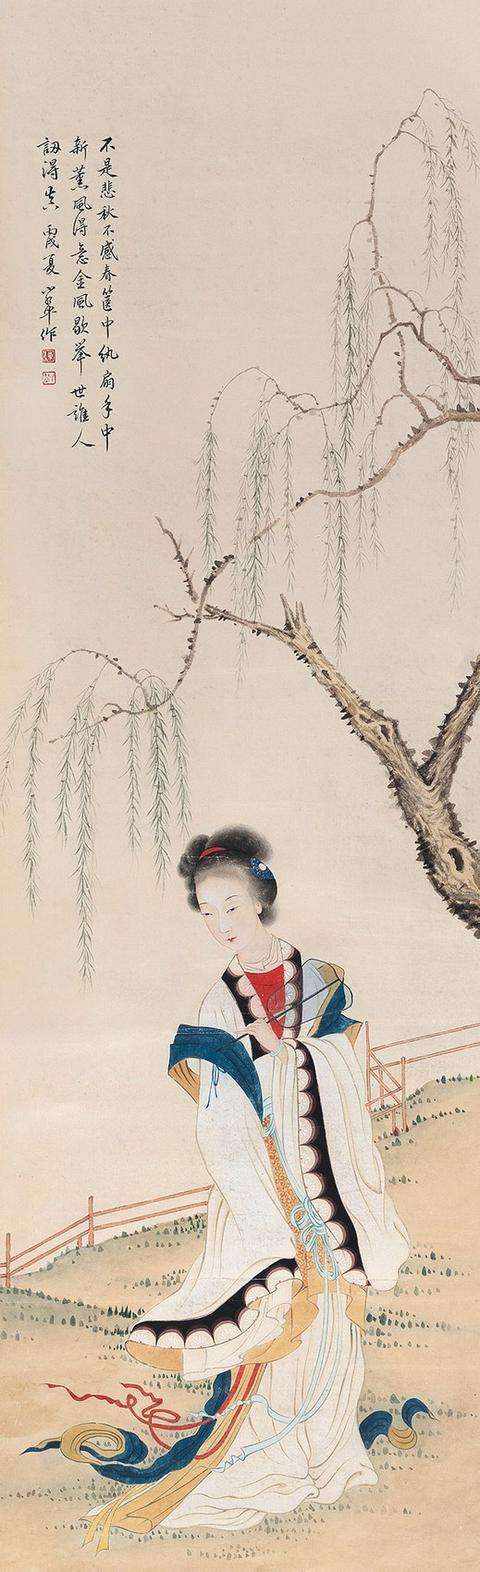
今日山城对垂泪，伤心不独为悲秋。